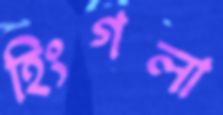
হিংগলা